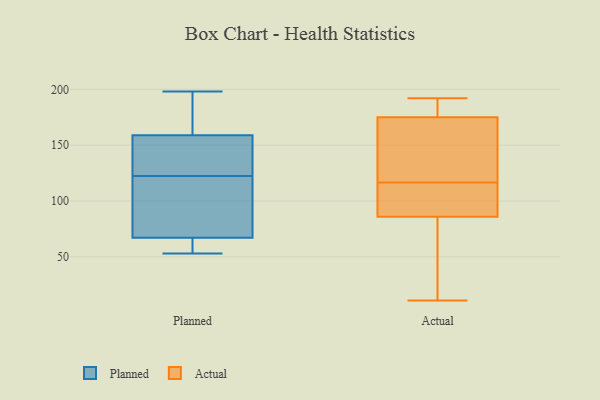
{"axis": {"x": "Satisfaction Score", "y": "Value"}, "legend": ["Actual", "Planned"], "data": [{"x": "", "y": 61, "type": "Planned"}, {"x": "", "y": 97, "type": "Planned"}, {"x": "", "y": 142, "type": "Planned"}, {"x": "", "y": 145, "type": "Planned"}, {"x": "", "y": 156, "type": "Planned"}, {"x": "", "y": 198, "type": "Planned"}, {"x": "", "y": 162, "type": "Planned"}, {"x": "", "y": 180, "type": "Planned"}, {"x": "", "y": 64, "type": "Planned"}, {"x": "", "y": 70, "type": "Planned"}, {"x": "", "y": 53, "type": "Planned"}, {"x": "", "y": 103, "type": "Planned"}, {"x": "", "y": 185, "type": "Actual"}, {"x": "", "y": 161, "type": "Actual"}, {"x": "", "y": 118, "type": "Actual"}, {"x": "", "y": 25, "type": "Actual"}, {"x": "", "y": 188, "type": "Actual"}, {"x": "", "y": 115, "type": "Actual"}, {"x": "", "y": 84, "type": "Actual"}, {"x": "", "y": 125, "type": "Actual"}, {"x": "", "y": 94, "type": "Actual"}, {"x": "", "y": 168, "type": "Actual"}, {"x": "", "y": 192, "type": "Actual"}, {"x": "", "y": 48, "type": "Actual"}, {"x": "", "y": 100, "type": "Actual"}, {"x": "", "y": 88, "type": "Actual"}, {"x": "", "y": 11, "type": "Actual"}, {"x": "", "y": 182, "type": "Actual"}]}